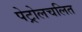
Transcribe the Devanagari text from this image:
पेट्रोलचलित